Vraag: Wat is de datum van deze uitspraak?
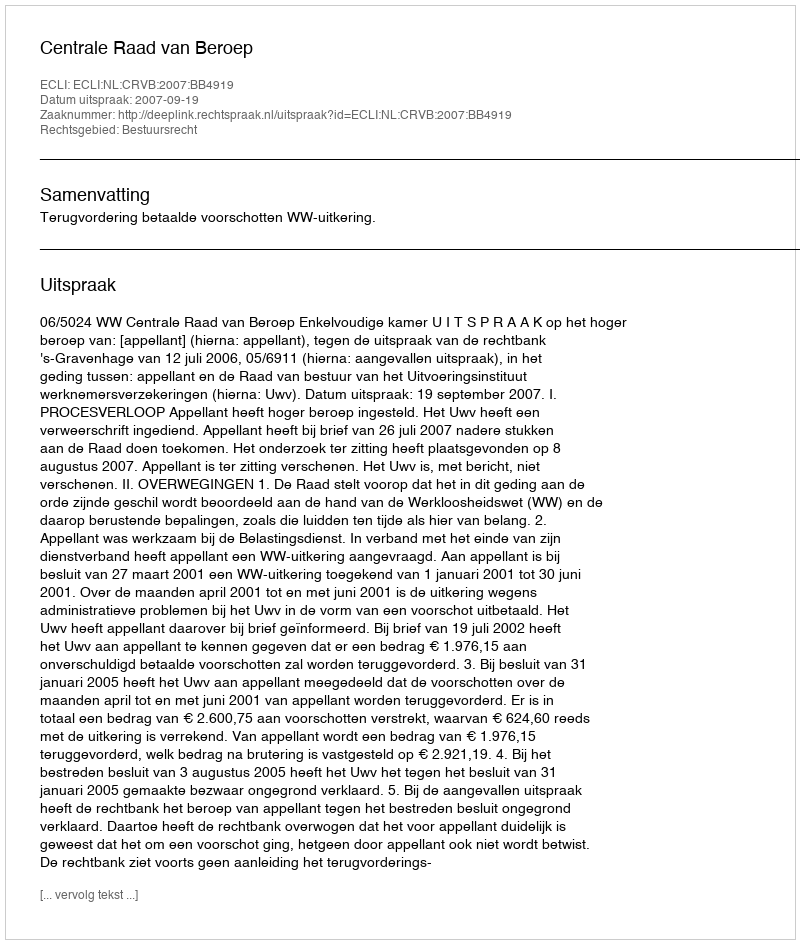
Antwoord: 2007-09-19